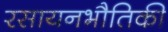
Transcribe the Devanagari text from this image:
रसायनभौतिकी